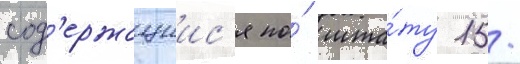
сод'ержащиис'я по́ шта́ту 15/